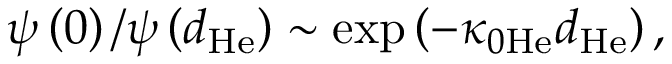
\psi \left( 0 \right) / \psi \left( d _ { \mathrm { H e } } \right) \sim \exp \left( - \kappa _ { 0 \mathrm { H e } } d _ { \mathrm { H e } } \right) ,